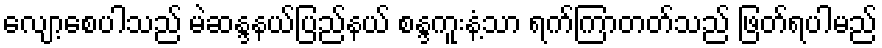
လျော့စေပါသည် မဲဆန္ဒနယ်ပြည်နယ် စန္ဒကူးနံ့သာ ရက်ကြာတတ်သည် ဖြတ်ရပါမည်